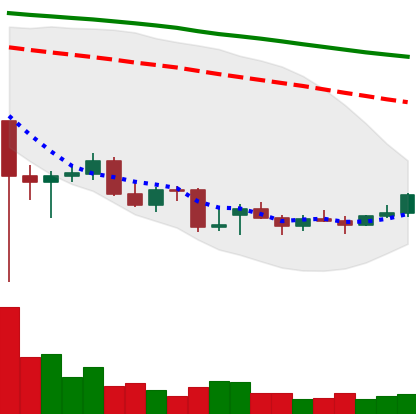
Ticker: ETC-USD
Chart end date: 2021-12-23
Forward return: -6.704%
Label: down_5_7